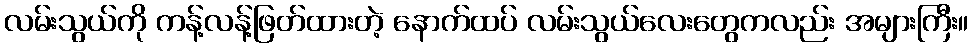
လမ်းသွယ်ကို ကန့်လန့်ဖြတ်ထားတဲ့ နောက်ထပ် လမ်းသွယ်လေးတွေကလည်း အများကြီး။